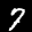
Label: 7